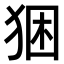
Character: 𤞧